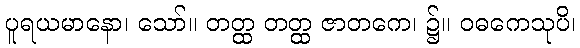
ပူရယမာနော၊ သော်။ တတ္ထ တတ္ထ ဇာတကေ၊ ၌။ ဝဓကေသုပိ၊